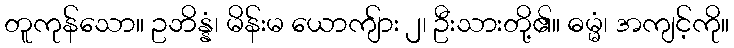
တူကုန်သော။ ဥဘိန္နံ၊ မိန်းမ ယောကျ်ား ၂၊ ဦးသားတို့၏။ ဓမ္မံ၊ အကျင့်ကို။